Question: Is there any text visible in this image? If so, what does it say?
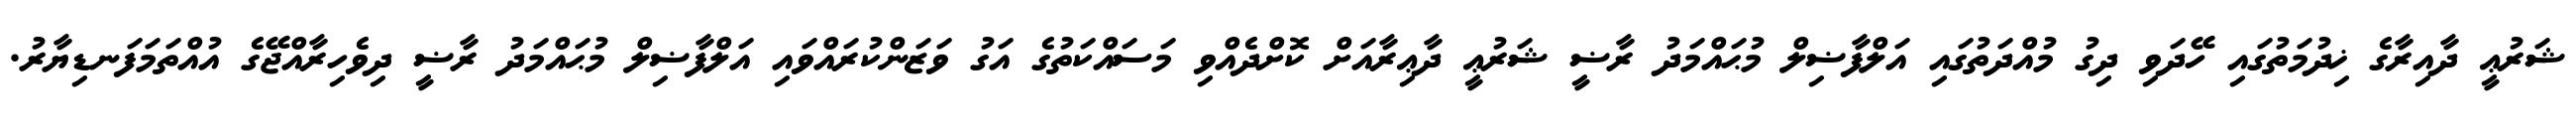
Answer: ޝަރުޢީ ދާއިރާގެ ޚިދުމަތުގައި ހޭދަވި ދިގު މުއްދަތުގައި އަލްފާޟިލް މުޙައްމަދު ރާޟީ ޝަރުޢީ ދާޢިރާއަށް ކޮށްދެއްވި މަސައްކަތުގެ އަގު ވަޒަންކުރައްވައި އަލްފާޟިލް މުޙައްމަދު ރާޟީ ދިވެހިރާއްޖޭގެ އުއްތަމަފަނޑިޔާރު.